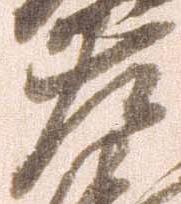
左